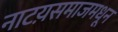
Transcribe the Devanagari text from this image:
नाटय़समाजमधून